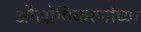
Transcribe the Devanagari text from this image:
औद्योगिकरणांच्या